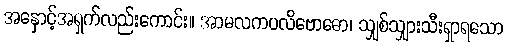
အနှောင့်အရှက်လည်းကောင်း။ အာမလကပလိဗောဓော၊ သျှစ်သျှားသီးရှာရသော